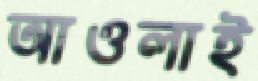
আওলাই